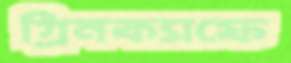
গ্রিনক্যাফে